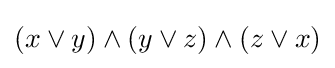
(x\lor y)\land (y\lor z)\land (z\lor x)